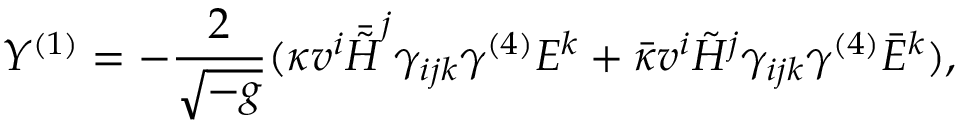
Y ^ { ( 1 ) } = - \frac { 2 } { \sqrt { - g } } ( \kappa v ^ { i } \bar { \tilde { \cal H } } ^ { j } \gamma _ { i j k } \gamma ^ { ( 4 ) } E ^ { k } + \bar { \kappa } v ^ { i } \tilde { \cal H } ^ { j } \gamma _ { i j k } \gamma ^ { ( 4 ) } \bar { E } ^ { k } ) ,